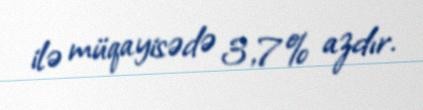
ilə müqayisədə 3,7% azdır.